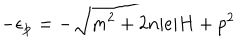
- \epsilon _ { { \bf { p } } } = - \sqrt { m ^ { 2 } + 2 n | e | H + p ^ { 2 } }